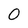
Character: 0